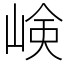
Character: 𡸴